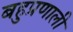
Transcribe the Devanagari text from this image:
बहुप्रणाली